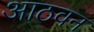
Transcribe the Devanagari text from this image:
आठवन